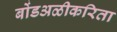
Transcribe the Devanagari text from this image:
बोंडअळीकरिता